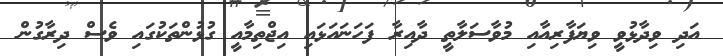
އަދި ވިދާޅުވީ ވިޔަފާރިއާއި މުވާސަަލާތީ ދާއިރާ ފަހަނައަޅައި އިޖްތިމާއީ ގުޅުންތަކުގައި ވެސް ދިރާގުން